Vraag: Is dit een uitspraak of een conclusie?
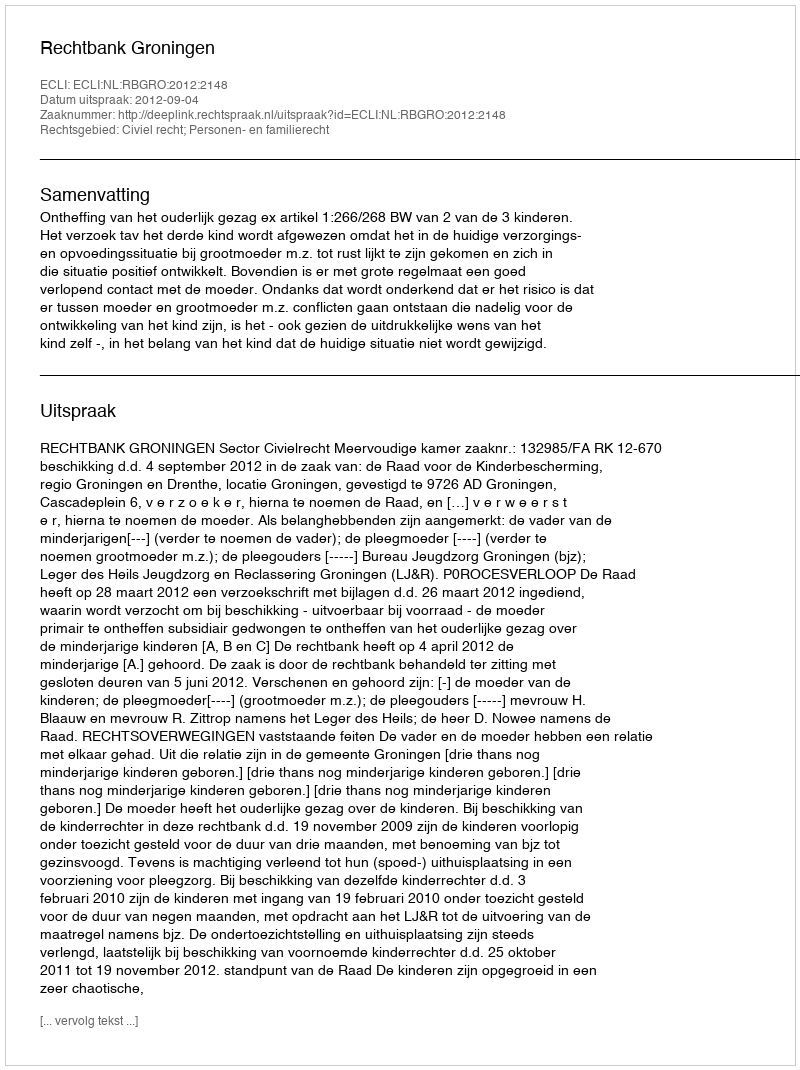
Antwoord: Uitspraak